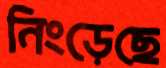
নিংড়েছে